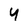
Character: 4